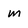
Character: m